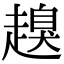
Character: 𧽒